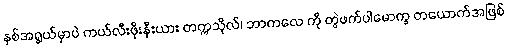
နှစ်အရွယ်မှာပဲ ကယ်လီးဖိုးနီးယား တက္ကသိုလ်၊ ဘာကလေ ကို တွဲဖက်ပါမောက္ခ တယောက်အဖြစ်